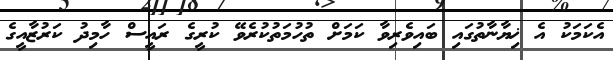
އެކަމަކު އެ ޚިޔާނާތުގައި ބައިވެރިވާ ކަމަށް ތުހުމަތުކުރެވޭ ކުރީގެ ރައީސް ހާމިދު ކަރުޒާއީގެ